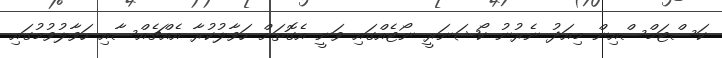
ކަސްޓަމްސްއިން މިއަދު ނެރުނު ކޯޝަނަރީ ނޯޓެއްގައި ވަނީ އެގޮތަށް ހަވާލުކުރާ އެއްޗެއްސާއި ހަވާލުވުމުގައި